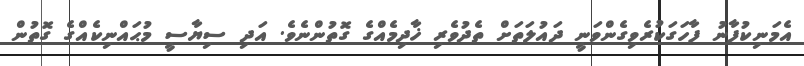
އެމަނިކުފާނު ފާހަގަކުރެވިގެންވަނީ ދައުލަތަށް ތެދުވެރި ޚާދިމެއްގެ ގޮތުންނެވެ. އަދި ސިޔާސީ މުޙައްނިކެއްގެ ގޮތުން